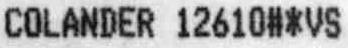
COLANDER 12610#*VS